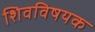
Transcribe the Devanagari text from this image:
शिवविषयक